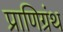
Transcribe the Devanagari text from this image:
प्राणिग्रंथ